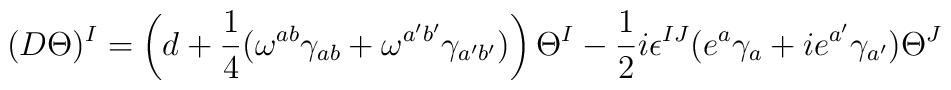
(D\Theta)^I =\left ( d +{1\over 4}( \omega^{ab} \gamma_{ab} +\omega^{a'b'}\gamma_{a'b'}) \right )\Theta^I  -{1\over 2} i\epsilon^{IJ} (e^a\gamma_a +ie^{a'} \gamma_{a'}) \Theta ^J